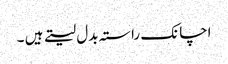
اچانک راستہ بدل لیتے ہیں ۔